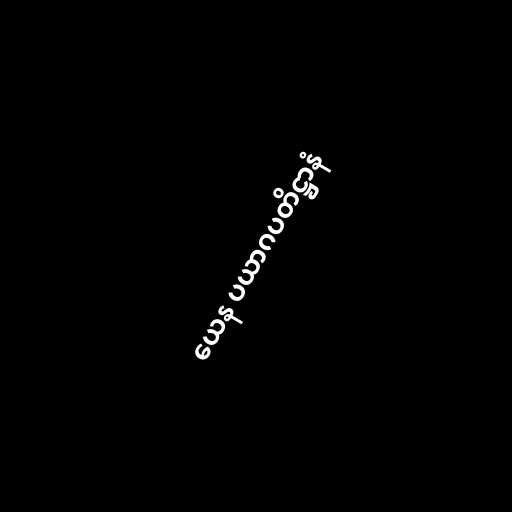
ယေန ပယာဂပတိဋ္ဌာနံ